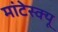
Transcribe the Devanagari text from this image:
मांटेस्क्यू